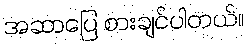
အဆာပြေ စားချင်ပါတယ်။